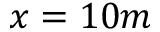
x = 1 0 m